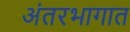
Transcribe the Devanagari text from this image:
अंतरभागात